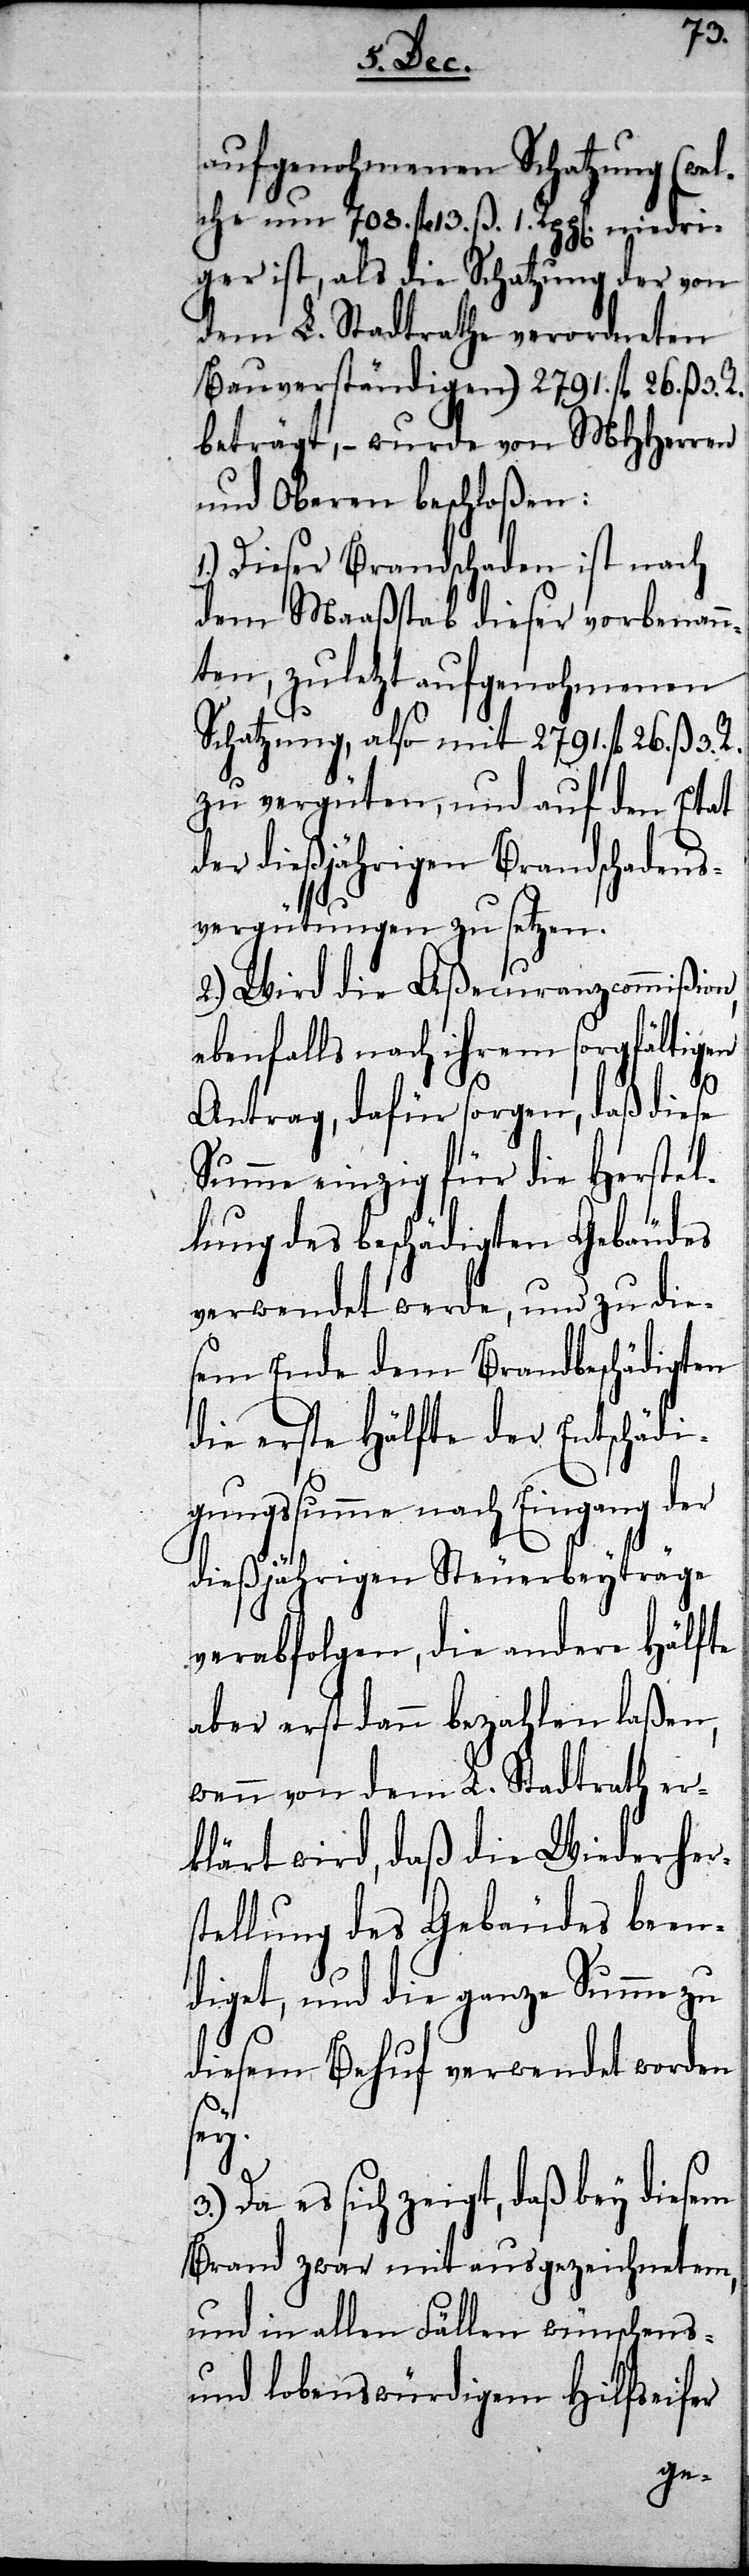
Wieder¬
aufgenohmenen Schatzung (we¬
lche um 708. fl 13. ß. 1. Rppen niedri¬
ger ist, als die Schatzung der
dem L. Stadtrath er¬
Bauverständigen) 2791. fl
beträgt, – wurde von MH¬
und Oberen beschloßen:
1.) Dieser Brandschaden ist
dem Maaßstab dieser vorbenan¬
nten, zuletzt aufgenohme¬
Schatzung, also mit 2791. fl 26. ß 3.
zu vergüten, und auf den
der dießjährigen Brandschadens¬
vergütungen zu setzen.
2.) Wird die Aßecuranzcommißion,
ebenfalls nach ihrem sorgfältigen
Antrag, dafür sorgen, daß diese
Summe einzig für die Herstel¬
lung des beschädigten Gebäudes
verwendet werde, und zu die¬
sem Ende dem Brandbeschädig¬
die andere Hälfte
igungssumme nach Eingang der
dießjährigen
verabfolgen,
aber erst dann bezah¬
klärt wird, daß die
R.
tellung des Gebäudes
diget, und die ganze
diesem Behuf verwendet worden
sey.
Da es sich zeigt, daß bey diesem
Brand zwar mit ausgezeichnetem,
und in allen Fällen wünschens-
und lobenswürdigem Hilfseifer

3.